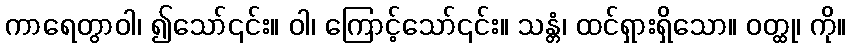
ကာရေတွာဝါ၊ ၍သော်၎င်း။ ဝါ၊ ကြောင့်သော်၎င်း။ သန္တံ၊ ထင်ရှားရှိသော။ ဝတ္ထု၊ ကို။